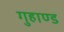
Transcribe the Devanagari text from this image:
गुहाण्ड